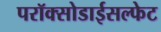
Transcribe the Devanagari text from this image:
परॉक्सोडाईसल्फेट